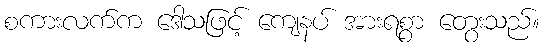
စကားလက်က ဒေါသဖြင့် ကျေနပ် အားရစွာ တွေးသည်။